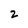
Character: 2